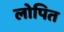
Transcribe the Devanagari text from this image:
लोपित